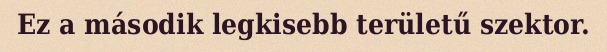
Ez a második legkisebb területű szektor.